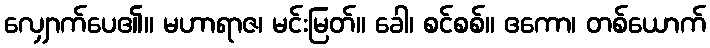
လျှောက်ပေ၏။ မဟာရာဇ၊ မင်းမြတ်။ ခေါ၊ စင်စစ်။ ဧကော၊ တစ်ယောက်